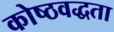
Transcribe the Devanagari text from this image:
कोष्ठवद्धता